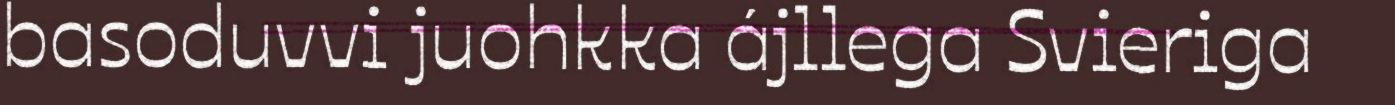
basoduvvi juohkka ájllega Svieriga